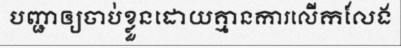
បញ្ជាឲ្យចាប់ខ្លួនដោយគ្មានការលើកលែង